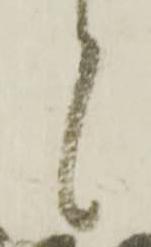
候